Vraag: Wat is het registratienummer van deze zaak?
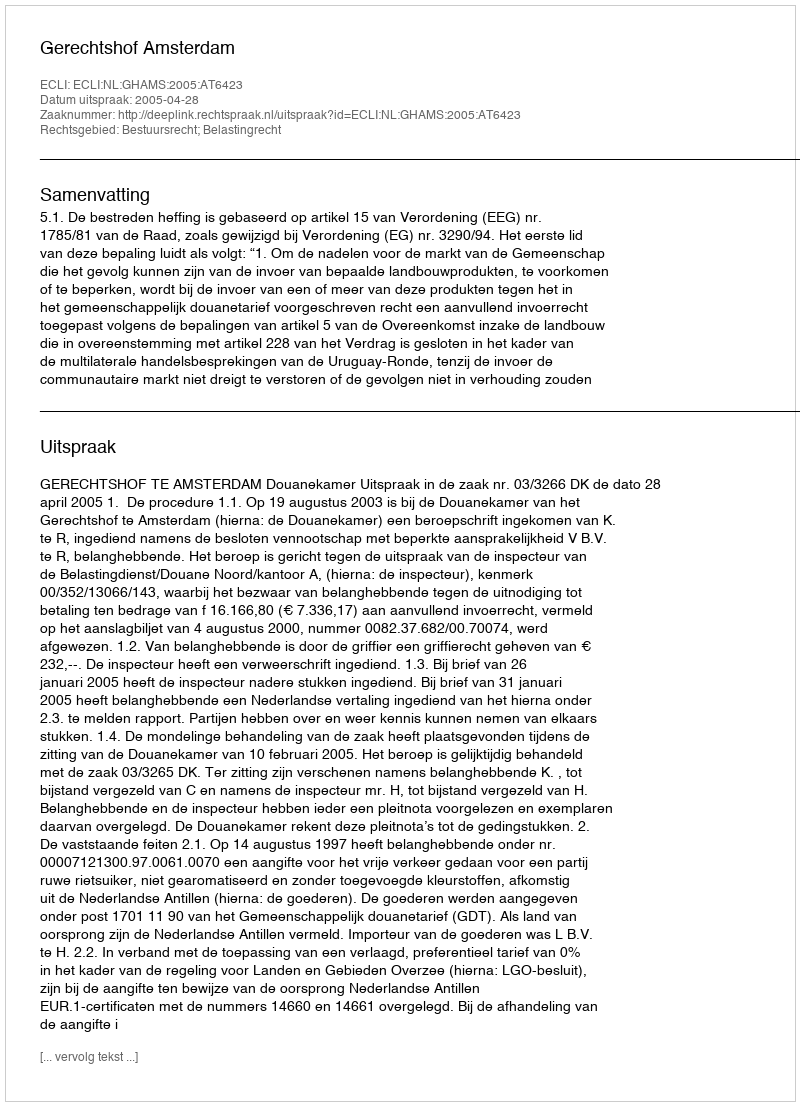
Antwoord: http://deeplink.rechtspraak.nl/uitspraak?id=ECLI:NL:GHAMS:2005:AT6423